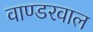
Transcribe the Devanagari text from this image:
वाण्डरवाल